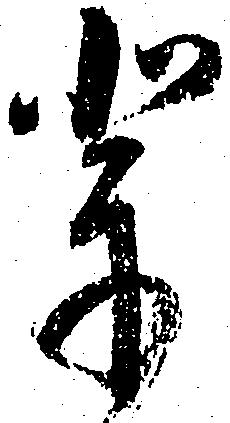
輩